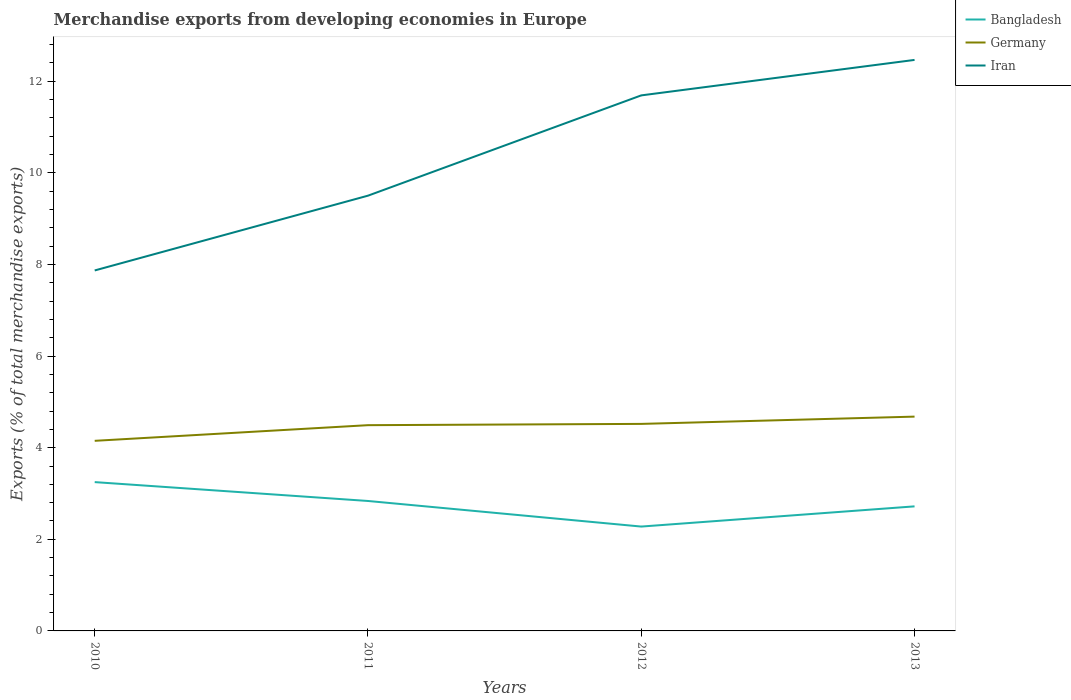
| Years | Bangladesh | Germany | Iran |
 | --- | --- | --- | --- |
 | 2010 | 3.25 | 4.15 | 7.87 |
 | 2011 | 2.84 | 4.49 | 9.5 |
 | 2012 | 2.28 | 4.52 | 11.7 |
 | 2013 | 2.72 | 4.68 | 12.5 |